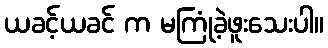
ယခင့်ယခင် က မကြုံခဲ့ဖူးသေးပါ။